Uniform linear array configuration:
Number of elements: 48
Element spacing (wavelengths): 0.75
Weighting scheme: uniform
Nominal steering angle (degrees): -30
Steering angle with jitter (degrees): -28.171
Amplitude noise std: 0.05
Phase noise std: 0.05

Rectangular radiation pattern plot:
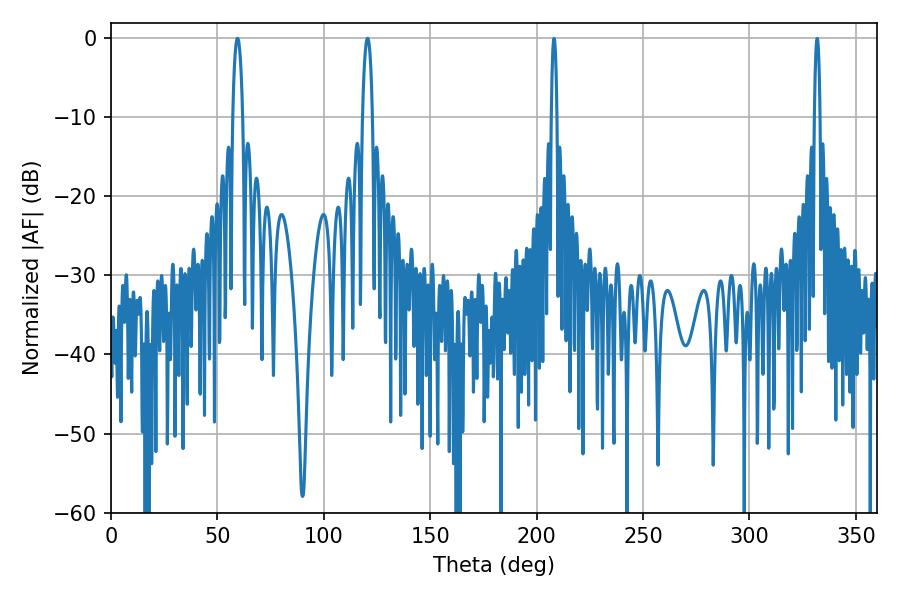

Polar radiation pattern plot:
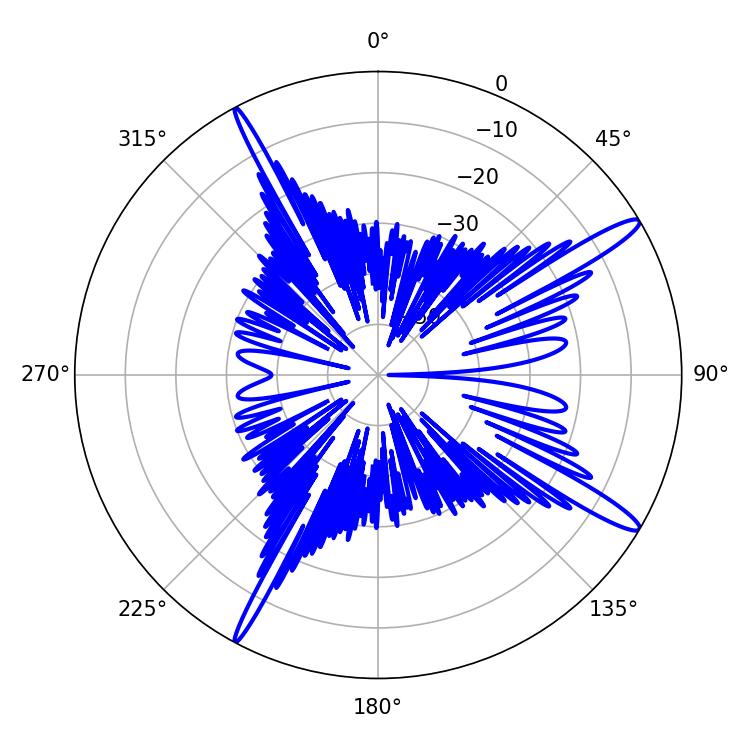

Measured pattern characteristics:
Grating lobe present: TRUE
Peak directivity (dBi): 14.941
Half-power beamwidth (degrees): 2.7
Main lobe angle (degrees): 59.4